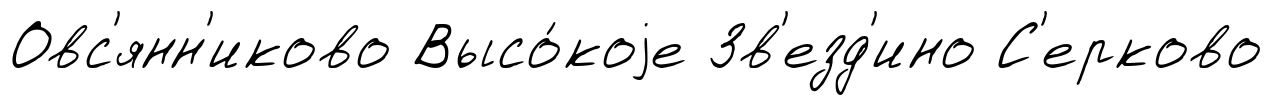
Овс'янн'иково Высо́коjе Зв'езд'ино С'ерково